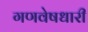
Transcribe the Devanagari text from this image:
गणवेषधारी